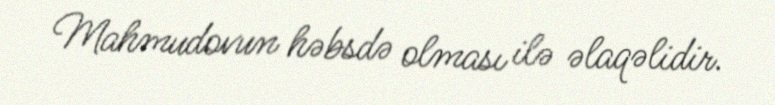
Mahmudovun həbsdə olması ilə əlaqəlidir.